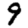
Digit: 9